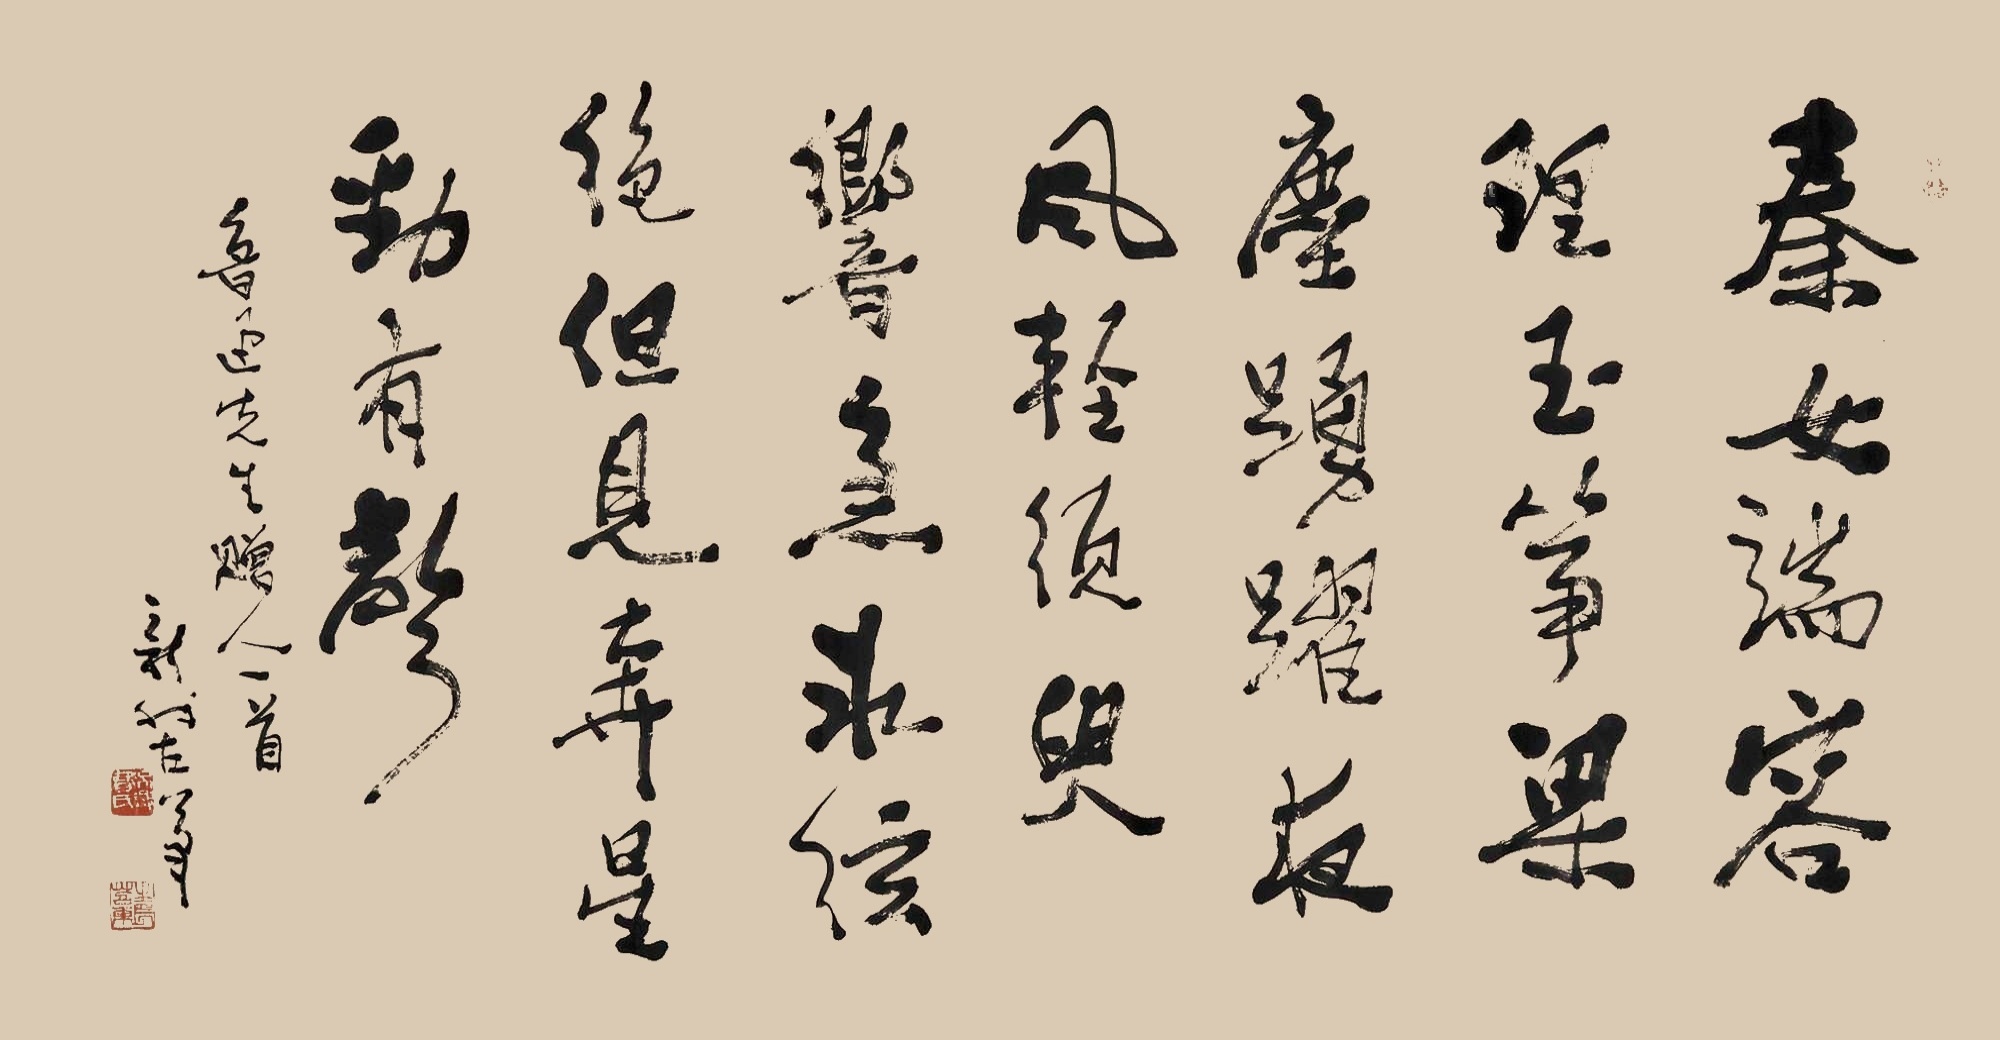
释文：秦女端容理玉筝，梁尘踊跃夜风轻。须臾响急冰弦绝，但见奔星劲有声。鲁迅先生赠人一首，新我左笔。